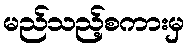
မည်သည့်စကားမှ